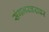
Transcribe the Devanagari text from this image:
संगमरवरावर